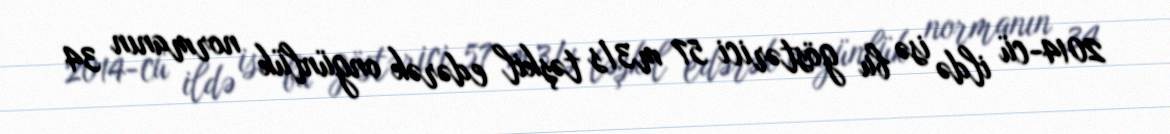
2014-cü ildə isə bu göstərici 57 m3/s təşkil edərək ongünlük normanın 34